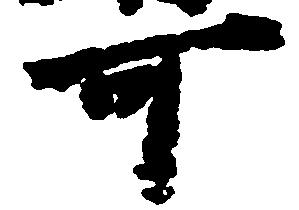
可